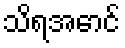
သိရအောင်